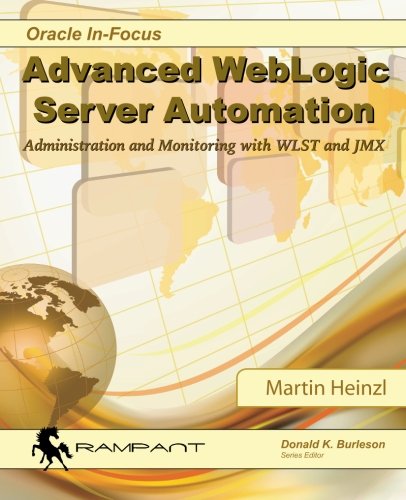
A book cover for Advanced WebLogic Server Automation: Administration and Monitoring with WLST and JMX (Oracle In-Focus Series) (Volume 46); Martin Heinzl; Computers & Technology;